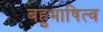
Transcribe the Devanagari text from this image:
बहुभाषित्व